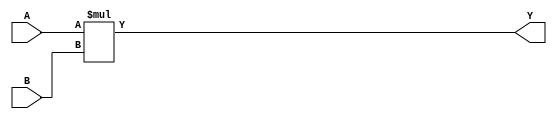
`timescale 1ns / 1ps
//////////////////////////////////////////////////////////////////////////////////
// Company: 
// Engineer: 
// 
// Design Name: 
// Module Name:    mult_4_4 
// Project Name: 
// Target Devices: 
// Tool versions: 
// Description: 
//
// Dependencies: 
//
// Revision: 
// Revision 0.01 - File Created
// Additional Comments: 
//
//////////////////////////////////////////////////////////////////////////////////
module mult_4_4(Y, A, B);
	output [7:0]Y;
	input [3:0]A;
	input [3:0]B;
	assign Y = A*B;
endmodule